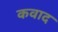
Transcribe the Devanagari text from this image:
कवाद